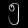
Digit: ၅